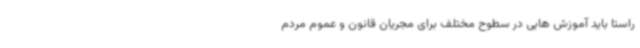
راستا باید آموزش هایی در سطوح مختلف برای مجریان قانون و عموم مردم